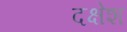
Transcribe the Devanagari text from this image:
दक्षेश